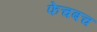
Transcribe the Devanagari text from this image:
फेचबच